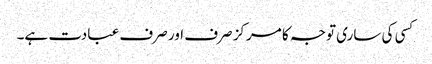
کسی کی ساری توجہ کا مرکز صرف اور صرف عبادت ہے۔